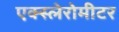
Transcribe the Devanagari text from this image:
एक्स्लेरोमीटर